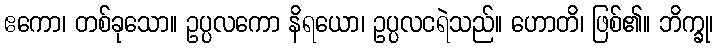
ဧကော၊ တစ်ခုသော။ ဥပ္ပလကော နိရယော၊ ဥပ္ပလငရဲသည်။ ဟောတိ၊ ဖြစ်၏။ ဘိက္ခု၊